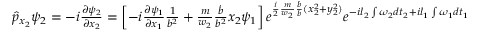
\begin{array} { r } { \hat { p } _ { x _ { 2 } } \psi _ { 2 } = - i \frac { \partial \psi _ { 2 } } { \partial x _ { 2 } } = \left[ - i \frac { \partial \psi _ { 1 } } { \partial x _ { 1 } } \frac { 1 } { b ^ { 2 } } + \frac { m } { w _ { 2 } } \frac { \dot { b } } { b ^ { 2 } } x _ { 2 } \psi _ { 1 } \right] e ^ { \frac { i } { 2 } \frac { m } { w _ { 2 } } \frac { \dot { b } } { b } ( x _ { 2 } ^ { 2 } + y _ { 2 } ^ { 2 } ) } e ^ { - i l _ { 2 } \int \omega _ { 2 } d t _ { 2 } + i l _ { 1 } \int \omega _ { 1 } d t _ { 1 } } } \end{array}